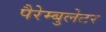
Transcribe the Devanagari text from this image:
पैरेम्बुलेटर